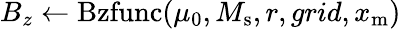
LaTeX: B_{z}\gets\mathrm{Bzfunc}(\mu_{0},M_{\mathrm{s}},r,grid,x_{\mathrm{m}})